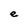
Character: e